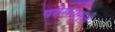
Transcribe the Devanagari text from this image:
परीसरामुळे